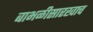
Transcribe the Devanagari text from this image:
बाभळीसारखाच